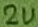
Text: 2u